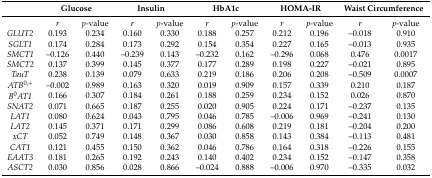
<table><thead><tr><td></td><td colspan="2"><b>Glucose</b></td><td colspan="2"><b>Insulin</b></td><td colspan="2"><b>HbA1c</b></td><td colspan="2"><b>HOMA-IR</b></td><td colspan="2"><b>Waist Circumference</b></td></tr></thead><tbody><tr><td></td><td><i>r</i></td><td><i>p</i>-value</td><td><i>r</i></td><td><i>p</i>-value</td><td><i>r</i></td><td><i>p</i>-value</td><td><i>r</i></td><td><i>p</i>-value</td><td><i>r</i></td><td><i>p</i>-value</td></tr><tr><td><i>GLUT2</i></td><td>0.193</td><td>0.234</td><td>0.160</td><td>0.330</td><td>0.188</td><td>0.257</td><td>0.212</td><td>0.196</td><td>–0.018</td><td>0.910</td></tr><tr><td><i>SGLT1</i></td><td>0.174</td><td>0.284</td><td>0.173</td><td>0.292</td><td>0.154</td><td>0.354</td><td>0.227</td><td>0.165</td><td>–0.013</td><td>0.935</td></tr><tr><td><i>SMCT1</i></td><td>–0.126</td><td>0.440</td><td>–0.239</td><td>0.143</td><td>–0.232</td><td>0.162</td><td>–0.296</td><td>0.068</td><td>0.476</td><td>0.0017</td></tr><tr><td><i>SMCT2</i></td><td>0.137</td><td>0.399</td><td>0.145</td><td>0.377</td><td>0.177</td><td>0.289</td><td>0.198</td><td>0.227</td><td>–0.021</td><td>0.895</td></tr><tr><td><i>TauT</i></td><td>0.238</td><td>0.139</td><td>0.079</td><td>0.633</td><td>0.219</td><td>0.186</td><td>0.206</td><td>0.208</td><td>–0.509</td><td>0.0007</td></tr><tr><td><i>ATB</i><sup>0,+</sup></td><td>–0.002</td><td>0.989</td><td>0.163</td><td>0.320</td><td>0.019</td><td>0.909</td><td>0.157</td><td>0.339</td><td>0.210</td><td>0.187</td></tr><tr><td><i>B</i><sup>0</sup><i>AT1</i></td><td>0.166</td><td>0.307</td><td>0.184</td><td>0.261</td><td>0.188</td><td>0.259</td><td>0.234</td><td>0.152</td><td>0.026</td><td>0.870</td></tr><tr><td><i>SNAT2</i></td><td>0.071</td><td>0.665</td><td>0.187</td><td>0.255</td><td>0.020</td><td>0.905</td><td>0.224</td><td>0.171</td><td>–0.237</td><td>0.135</td></tr><tr><td><i>LAT1</i></td><td>0.080</td><td>0.624</td><td>0.043</td><td>0.795</td><td>0.046</td><td>0.785</td><td>–0.006</td><td>0.969</td><td>–0.241</td><td>0.130</td></tr><tr><td><i>LAT2</i></td><td>0.145</td><td>0.371</td><td>0.171</td><td>0.299</td><td>0.086</td><td>0.608</td><td>0.219</td><td>0.181</td><td>–0.204</td><td>0.200</td></tr><tr><td><i>xCT</i></td><td>0.052</td><td>0.749</td><td>0.148</td><td>0.367</td><td>0.030</td><td>0.858</td><td>0.143</td><td>0.384</td><td>–0.113</td><td>0.481</td></tr><tr><td><i>CAT1</i></td><td>0.121</td><td>0.455</td><td>0.150</td><td>0.362</td><td>0.046</td><td>0.786</td><td>0.164</td><td>0.318</td><td>–0.226</td><td>0.155</td></tr><tr><td><i>EAAT3</i></td><td>0.181</td><td>0.265</td><td>0.192</td><td>0.243</td><td>0.140</td><td>0.402</td><td>0.234</td><td>0.152</td><td>–0.147</td><td>0.358</td></tr><tr><td><i>ASCT2</i></td><td>0.030</td><td>0.856</td><td>0.028</td><td>0.866</td><td>–0.024</td><td>0.888</td><td>–0.006</td><td>0.970</td><td>–0.335</td><td>0.032</td></tr></tbody></table>